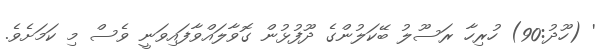
' (ހޫދު:90) ހުރިހާ ރަސޫލު ބޭކަލުންގެ ދޫފުޅުން ގޮވާލައްވާފައިވަނީ ވެސް މި ކަމަށެވެ.